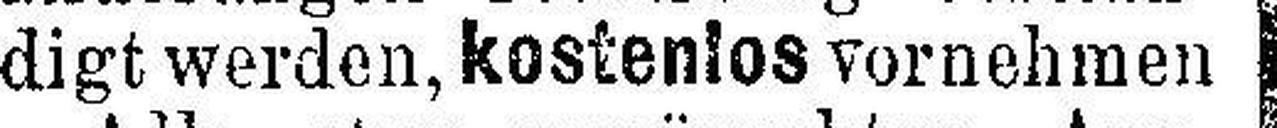
digt werden, kostenlos vornehmen